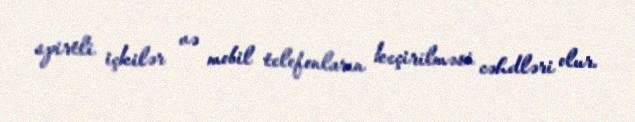
spirtli içkilər və mobil telefonların keçirilməsi cəhdləri olur.